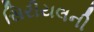
સિરીયલની